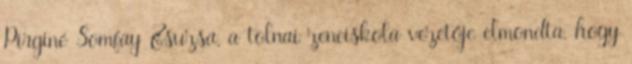
Pirginé Somfay Zsuzsa, a tolnai zeneiskola vezetője elmondta, hogy